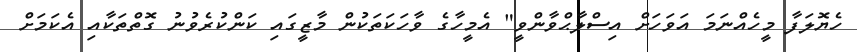
ހެޔޮލަފާ މީހެއްނަމަ އަވަހަށް އިސްލާޙްވާންވީ" އެމީހާގެ ވާހަކަތަކުން މާޒީގައި ކަންކުރެވުނު ގޮތްތަކާއި އެކަމަށް